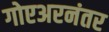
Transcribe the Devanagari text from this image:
गोएअरनंतर